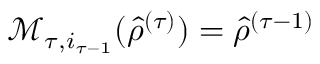
\mathcal { M } _ { \tau , i _ { \tau - 1 } } ( { \hat { \rho } } ^ { ( \tau ) } ) = { \hat { \rho } } ^ { ( \tau - 1 ) }